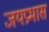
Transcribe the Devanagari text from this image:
जयप्रभास